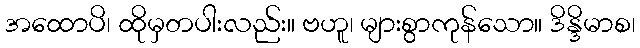
အထောပိ၊ ထိုမှတပါးလည်း။ ဗဟူ၊ များစွာကုန်သော။ ဒိန္ဒိမာစ၊